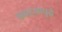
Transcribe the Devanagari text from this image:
बकऱ्यापुढे